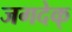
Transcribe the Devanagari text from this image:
जगदेक्